Maa-_ja_perenaiste_seltsid, lk 79
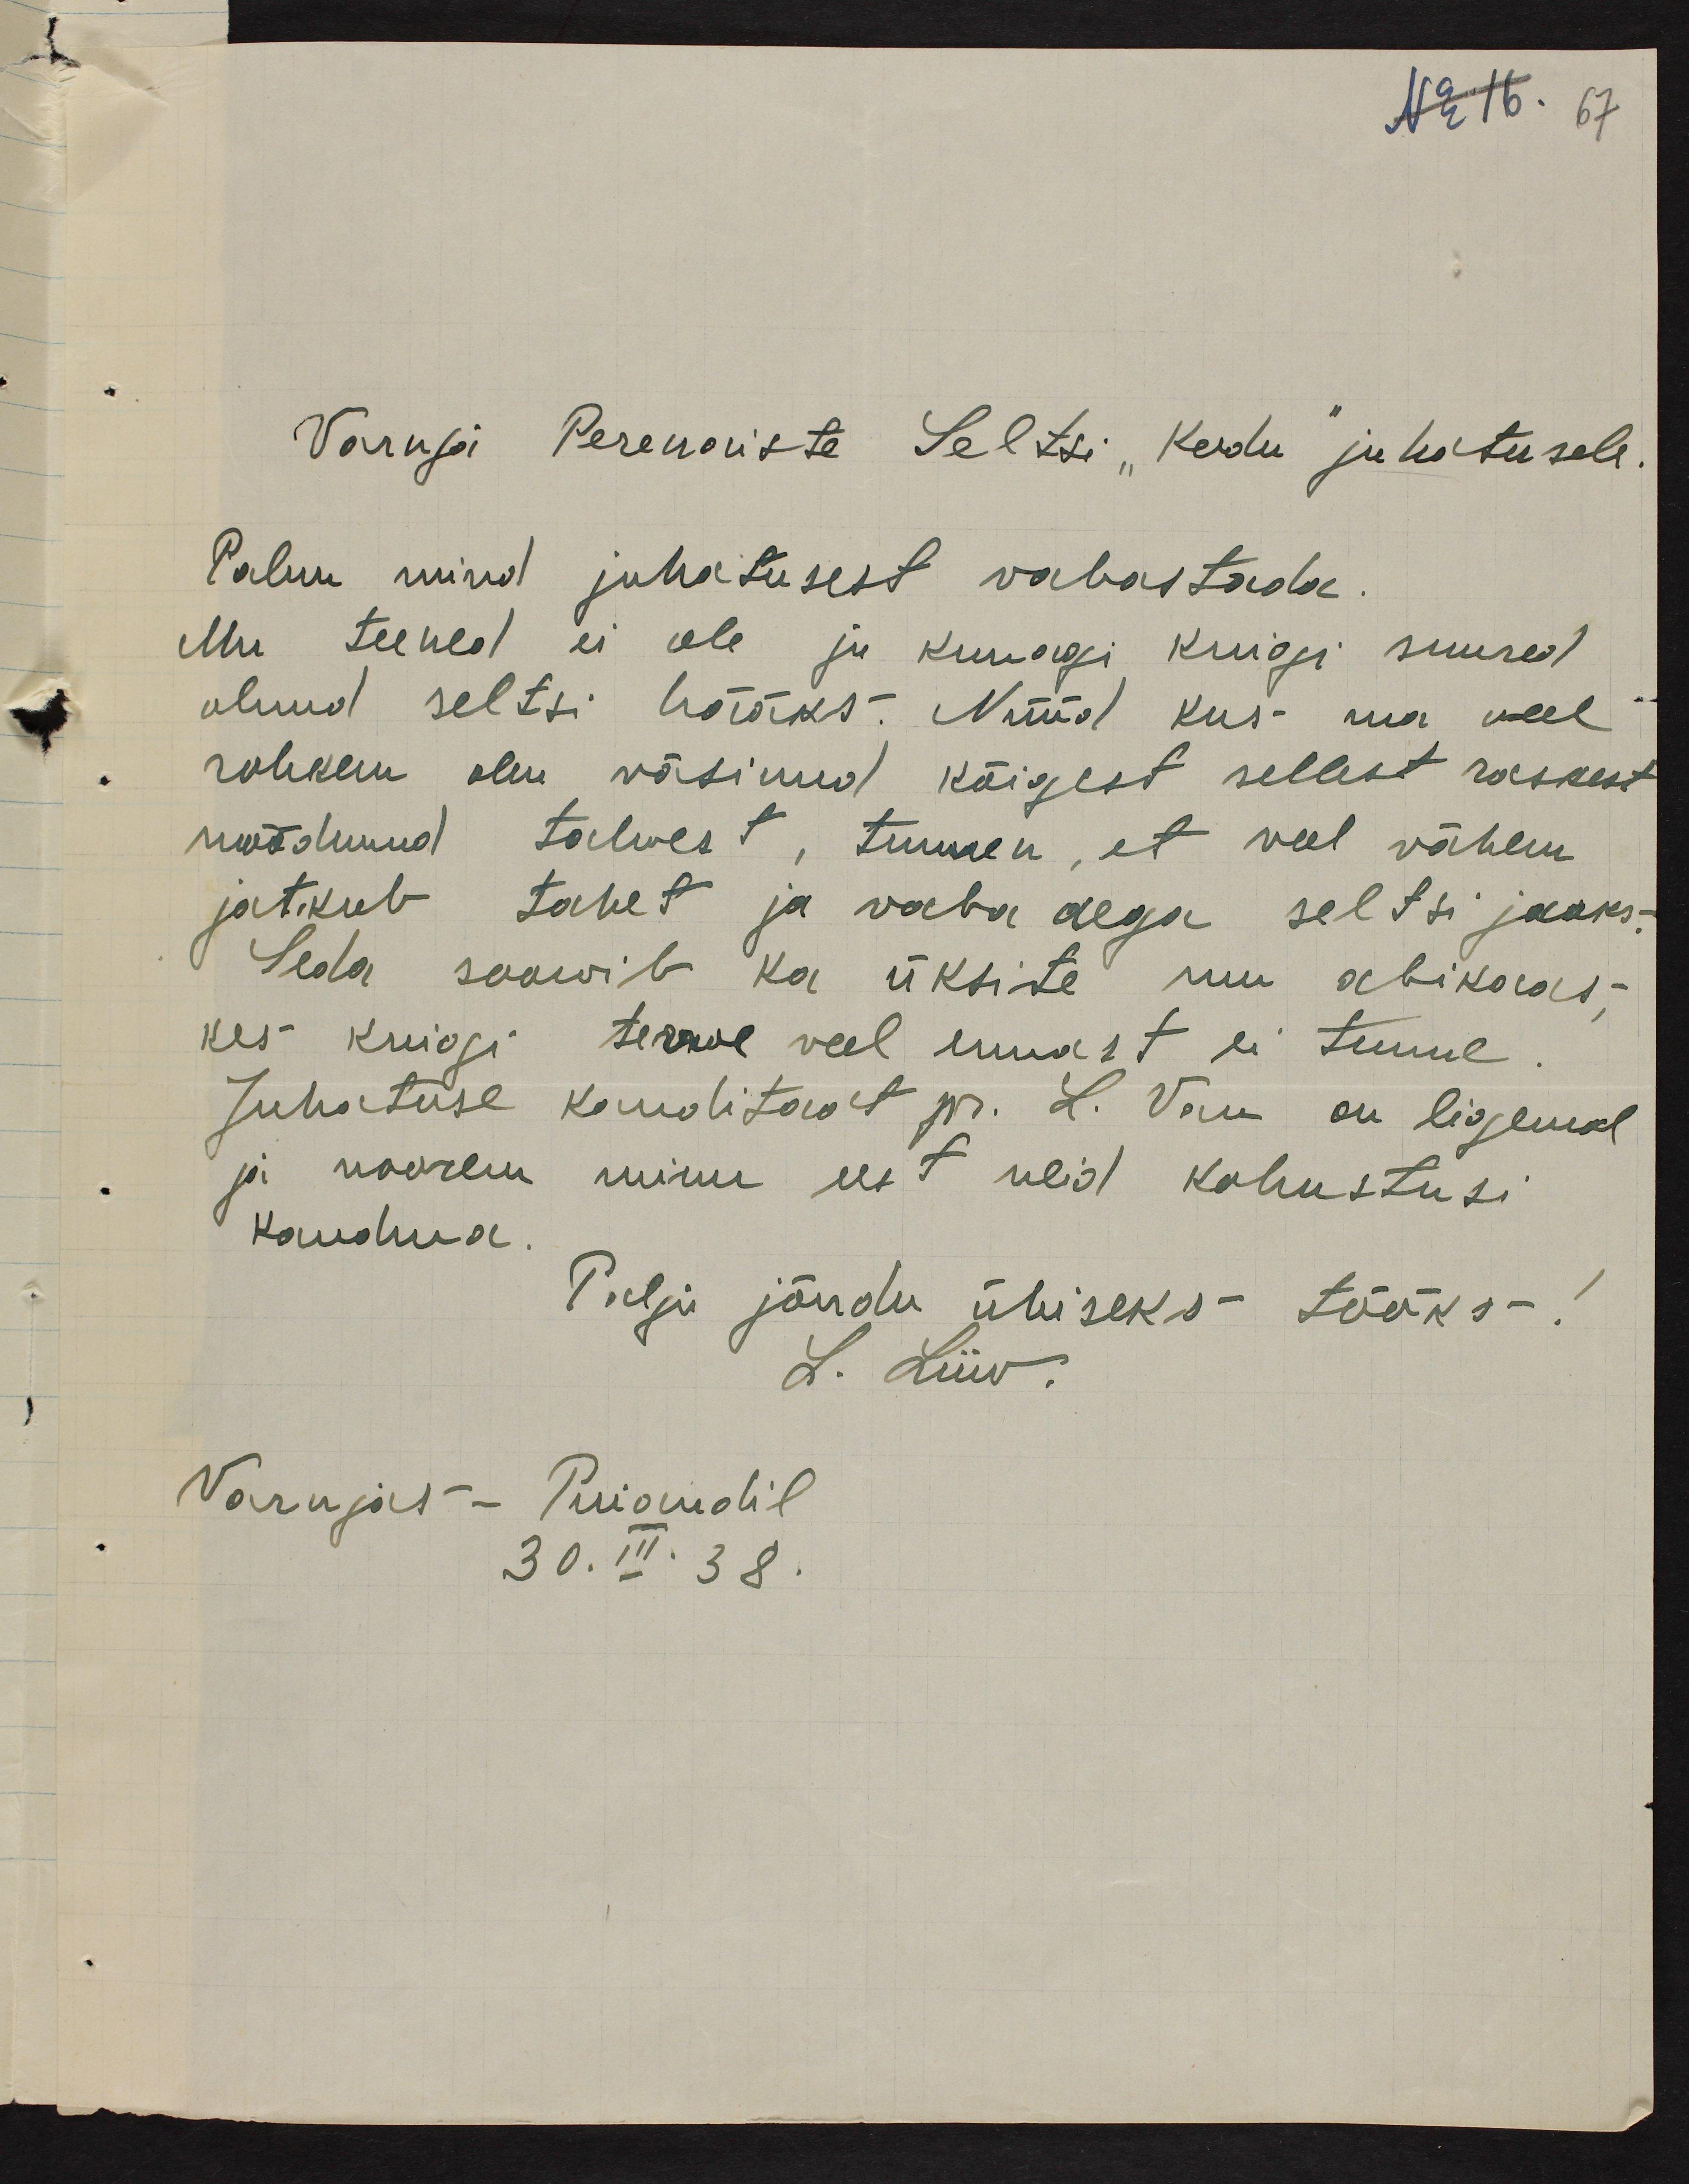
No 16. 67

Varnja Perenaiste Seltsi "Kodu" juhatusele
Palun mind juhatusest vabastada.
Mu teened ei ole ju kunagi kuigi suured
olnud seltsi hääks. Nüüd kus ma veel
rohkem olen väsinud kõigest sellest raskest
möödunud talwest, tunnen, et veel vähem
jatkub tahet ja vaba aega seltsi jaoks.
Seda soowib ka üksite mu abikaas,
kes kuigi terwe veel ennast ei tunne.
Juhatuse kanditaat pr. L. Van on kogenud
ja noorem minu eest neid kohustusi
kandma.
Palju jõudu ühiseks tööks!
L. Liiw.
Varnjas - Puiandil
30. III. 38.